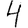
Digit: 4